Leaving Certificate Examination (including Day School Certificate (Higher) General paper), 1935
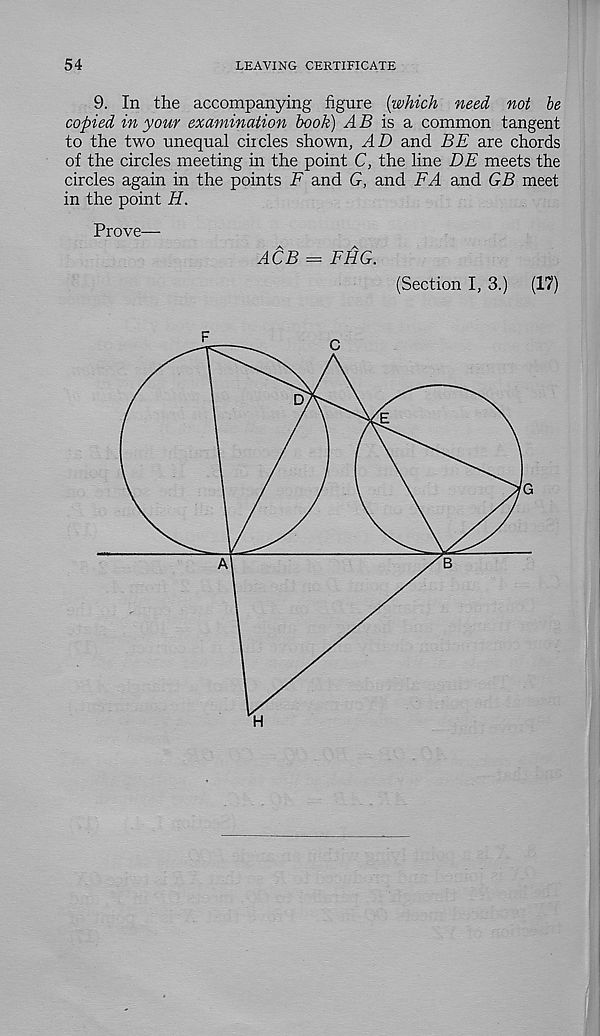
54
LEAVING CERTIFICATE
9. In the accompanying figure [which need not be
copied in your examination book) AB is a common tangent
to the two unequal ciicles shown, AD and BE are chords
of the circles meeting in the point C, the line DE meets the
circles again in the points F and G, and FA and GB meet
in the point H.
Prove—-
ACB = FHG.
(Section I, 3.)
(17)